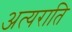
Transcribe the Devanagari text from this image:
अत्यराति